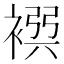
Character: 𧛴